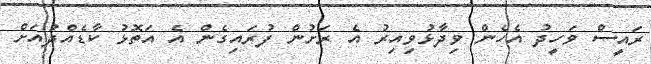
ރައީސް ވަހީދު އެހެން ވިދާޅުވިއިރު އެ ރަށުން ފުރައިގެން އެ އަތޮޅު ކާޑެއްދުއަށް